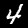
Label: 4